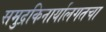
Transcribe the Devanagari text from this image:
समुद्रकिनार्यालगतचा